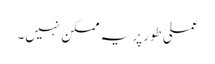
عملی طور پر یہ ممکن نہیں۔